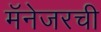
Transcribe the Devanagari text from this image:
मॅनेजरची